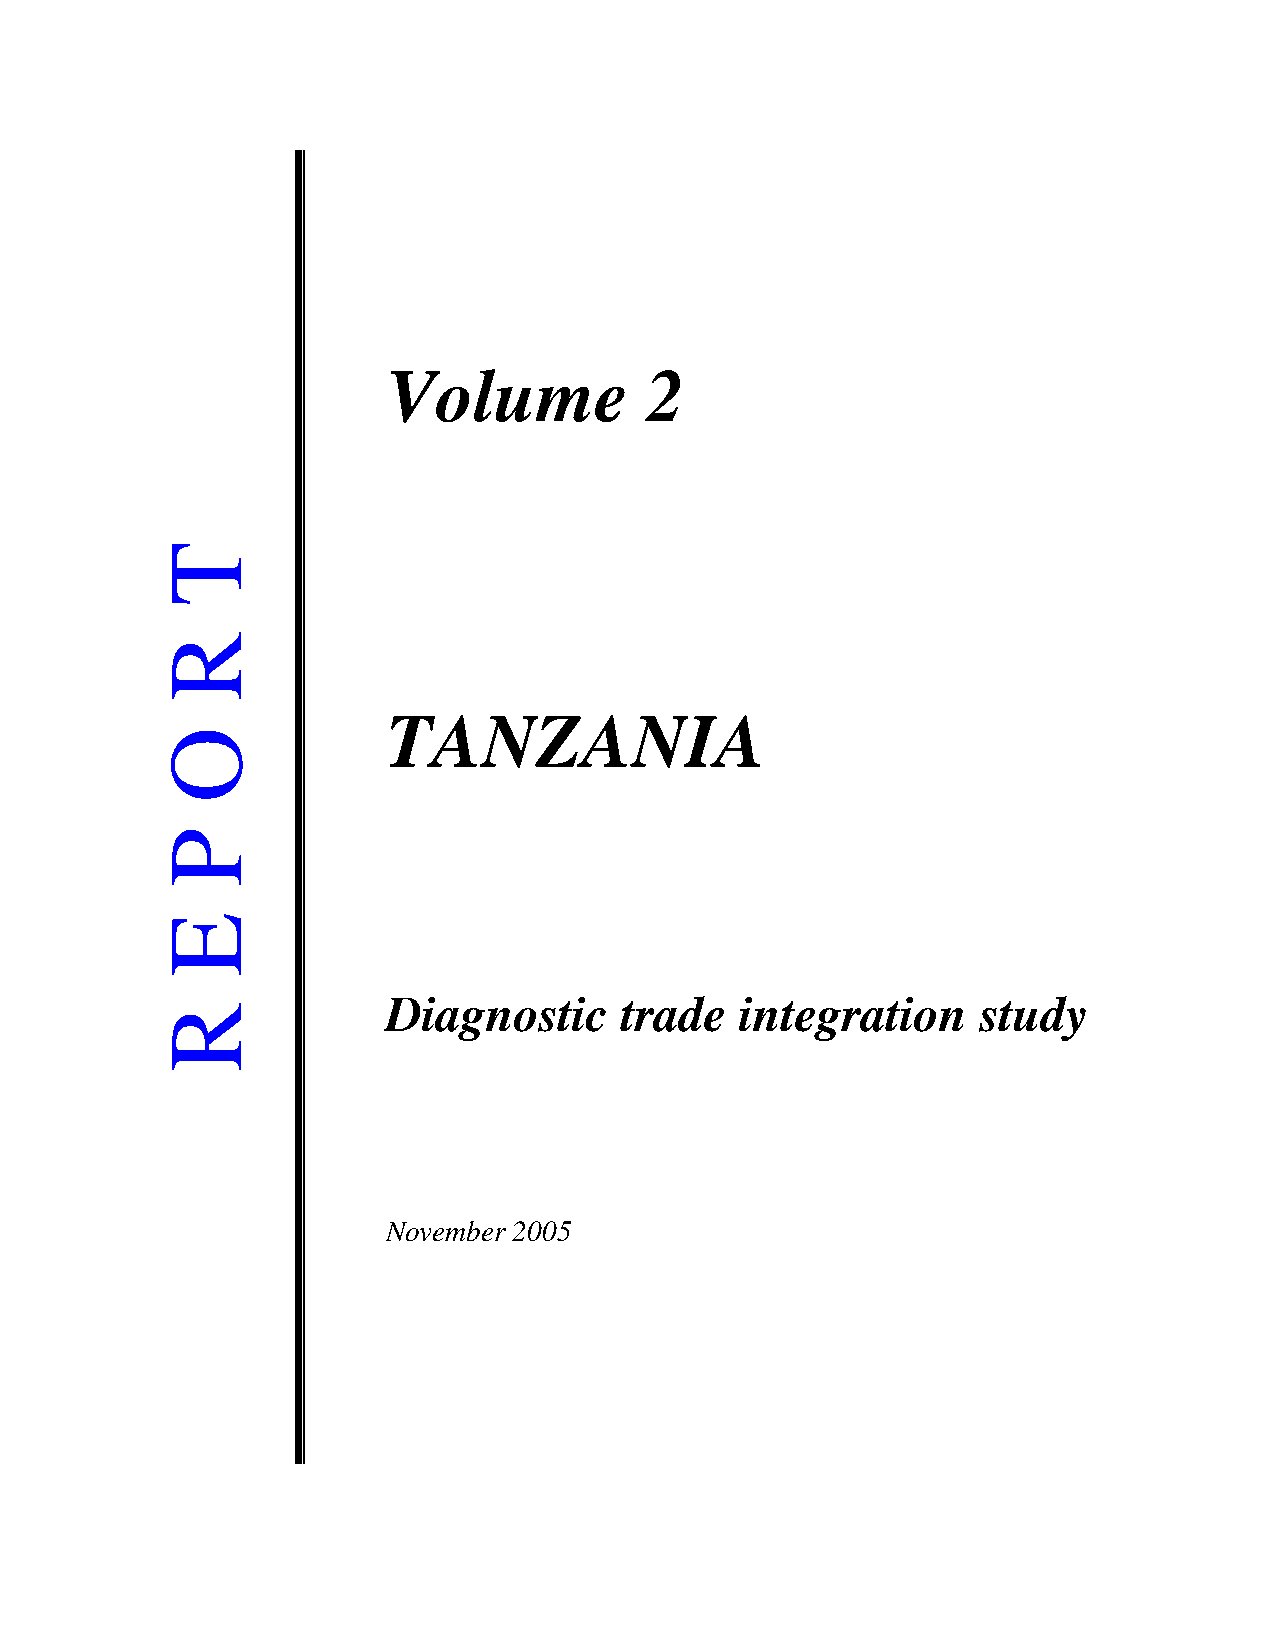
Volume           2
 TANZANIA
 Diagnostic     trade   integration     study
 November 2005
 T
 R
 O
 P
 E
 R